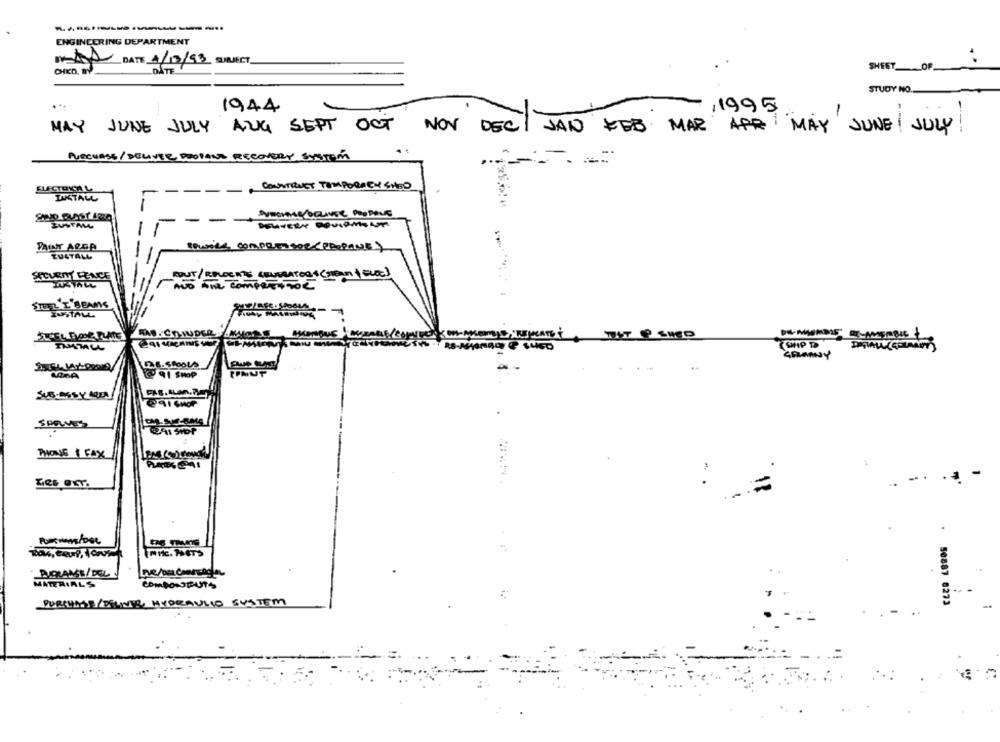
ENGINEERING DEPARTMENT
DATE 4/10/93 SUBJECT
SHEET OF
DATE
STUDY NO.
1944
/1995
-
MAY JUNE JULY AUG SEPT OCT NOV DECI JAN FEB MAR APR MAY JUNE ! JULY
PURCHASE/DELIVER, PROPANT RECOVERY SYSTEM
CONSTRUCT TEMPORARY SHED
ELFGIOCA L
--.
INSTALL
DELIVERY EQUIPMENT
EUSTAML
PRINT ARDA
TUSTALL
SECURITY FENCE
FOUT/ RELOENTS GENERATORS (sem ) ELEC)
não Ane compeTonoe
STEEL E BEAMS
INSTALL
SHIP TO
DE.500000
SPELVES
PHONE 1 FAX
MIK. METS
DRAME/ DEL
MATERIALS
COMBONSPUTS
PURSUME/DELVIS HYDRAULIC SYSTEM
. 50887 8273